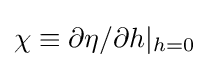
\chi \equiv \partial \eta /\partial h|_{h=0}